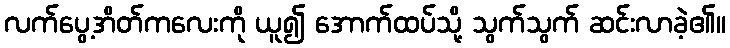
လက်ပွေ့အိတ်ကလေးကို ယူ၍ အောက်ထပ်သို့ သွက်သွက် ဆင်းလာခဲ့၏။